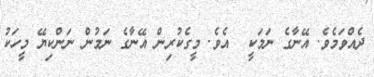
ދެއްވަމެވެ. އޭނާގެ ނަމަކީ  އެވެ. މީގެކުރިން އޭނާގެ ނަމުން ނަންކިޔޭ މީހަކު